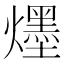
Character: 爅